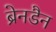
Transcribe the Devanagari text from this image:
ब्रेनडैन